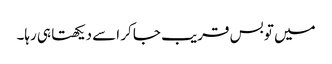
میں تو بس قریب جا کر اسے دیکھتا ہی رہا۔